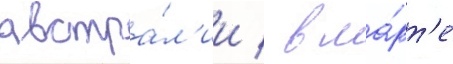
австра́л'ии / в ма́рт'е